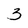
Character: 3